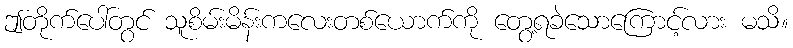
ဤတိုက်ပေါ်တွင် သူစိမ်းမိန်းကလေးတစ်ယောက်ကို တွေ့ရခဲသောကြောင့်လား မသိ။